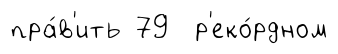
пра́в'ить 79 р'еко́рдном